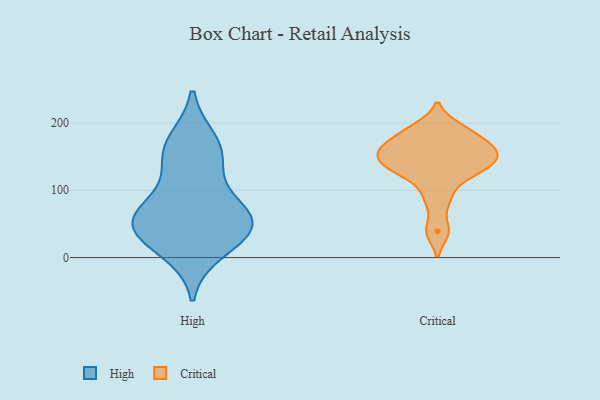
{"axis": {"x": "Operating Costs (USD K)", "y": "Value"}, "legend": ["Critical", "High"], "data": [{"x": "", "y": 48, "type": "High"}, {"x": "", "y": 61, "type": "High"}, {"x": "", "y": 38, "type": "High"}, {"x": "", "y": 80, "type": "High"}, {"x": "", "y": 11, "type": "High"}, {"x": "", "y": 42, "type": "High"}, {"x": "", "y": 172, "type": "High"}, {"x": "", "y": 141, "type": "High"}, {"x": "", "y": 158, "type": "High"}, {"x": "", "y": 59, "type": "High"}, {"x": "", "y": 164, "type": "Critical"}, {"x": "", "y": 145, "type": "Critical"}, {"x": "", "y": 39, "type": "Critical"}, {"x": "", "y": 130, "type": "Critical"}, {"x": "", "y": 124, "type": "Critical"}, {"x": "", "y": 185, "type": "Critical"}, {"x": "", "y": 88, "type": "Critical"}, {"x": "", "y": 193, "type": "Critical"}, {"x": "", "y": 162, "type": "Critical"}, {"x": "", "y": 160, "type": "Critical"}, {"x": "", "y": 141, "type": "Critical"}]}